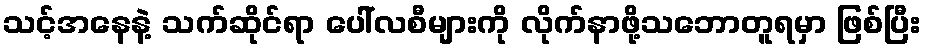
သင့်အနေနဲ့ သက်ဆိုင်ရာ ပေါ်လစီများကို လိုက်နာဖို့သဘောတူရမှာ ဖြစ်ပြီး